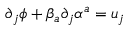
\partial _ { j } \phi + \beta _ { a } \partial _ { j } \alpha ^ { a } = u _ { j }